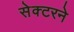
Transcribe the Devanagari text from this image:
सेक्टरने